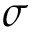
\sigma